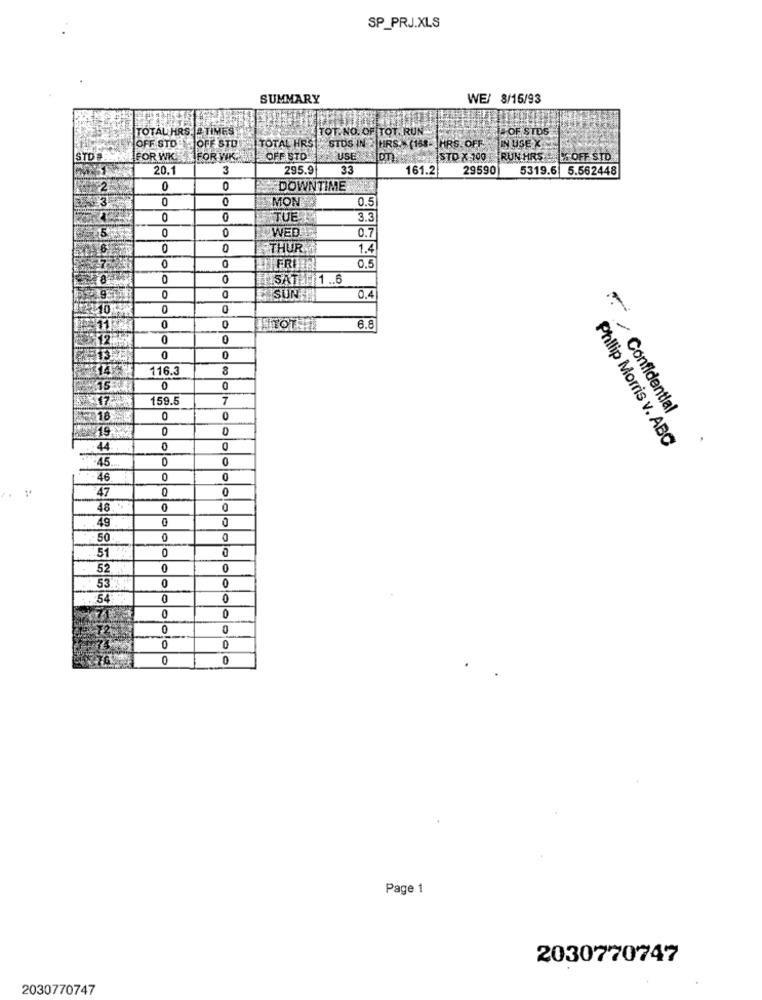
SP_PRJ.XLS
SUMMARY
WE/ 8/16/93
TOTAL HRS. PTIMES
TOT.NO. OF TOT. RUN
TE OF STDS
OFF STO
HOFE STO
TOTAL HRS
STDS IN HRS.> (158-
HRS. OFFIN USE K
STD 8
FOR WK 3 FOR WIK
OFF STO
USE (DT)
ARISTO X 100 RUN HRS % OFF STD
20.1
3
295.9
33
161.2
29590 5319.6 5.562448
0
0
DOWNTIME
3
0
0
MON
0.5
0
TUE LA
3.3
15
0
0
WED
0.7
0
THUR
1.4
FRI
0.5
0
0
SAT1.6
0
SUNN
0.4
0
0
6.8
12.33
0
0
0
0
116.3
15
0
0
17
159.5
7
/ Confidential
18
0
0
19
0
44
Philip Morris v. ABC
45
0
46
0
47
0
48
0
0
49
0
50
0
51
0
0
52
0
0
0
0
0
0
O
0
0
0
0
0
0
Page 1
2030770747
2030770747